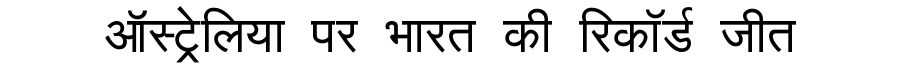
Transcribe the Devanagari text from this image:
ऑस्ट्रेलिया पर भारत की रिकॉर्ड जीत